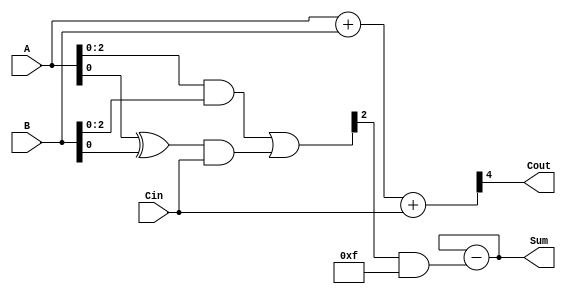
module carry_bypass_adder (
  input [3:0] A,
  input [3:0] B,
  input Cin,
  output [3:0] Sum,
  output Cout
);

wire [3:0] P, G, C;

assign {Cout, Sum} = A + B + Cin;

assign P = A ^ B;
assign G = A & B;

assign C[0] = Cin;
assign C[1:3] = G[0:2] | (P[0] & C[0]);

assign Sum = Sum - (C[3] & 8'b1111);

endmodule